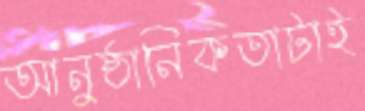
আনুষ্ঠানিকতাটাই